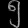
Digit: ၅